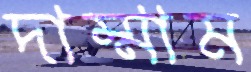
দাম্মাম